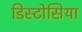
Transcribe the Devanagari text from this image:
डिस्टोसिया